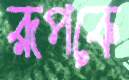
রূপকে